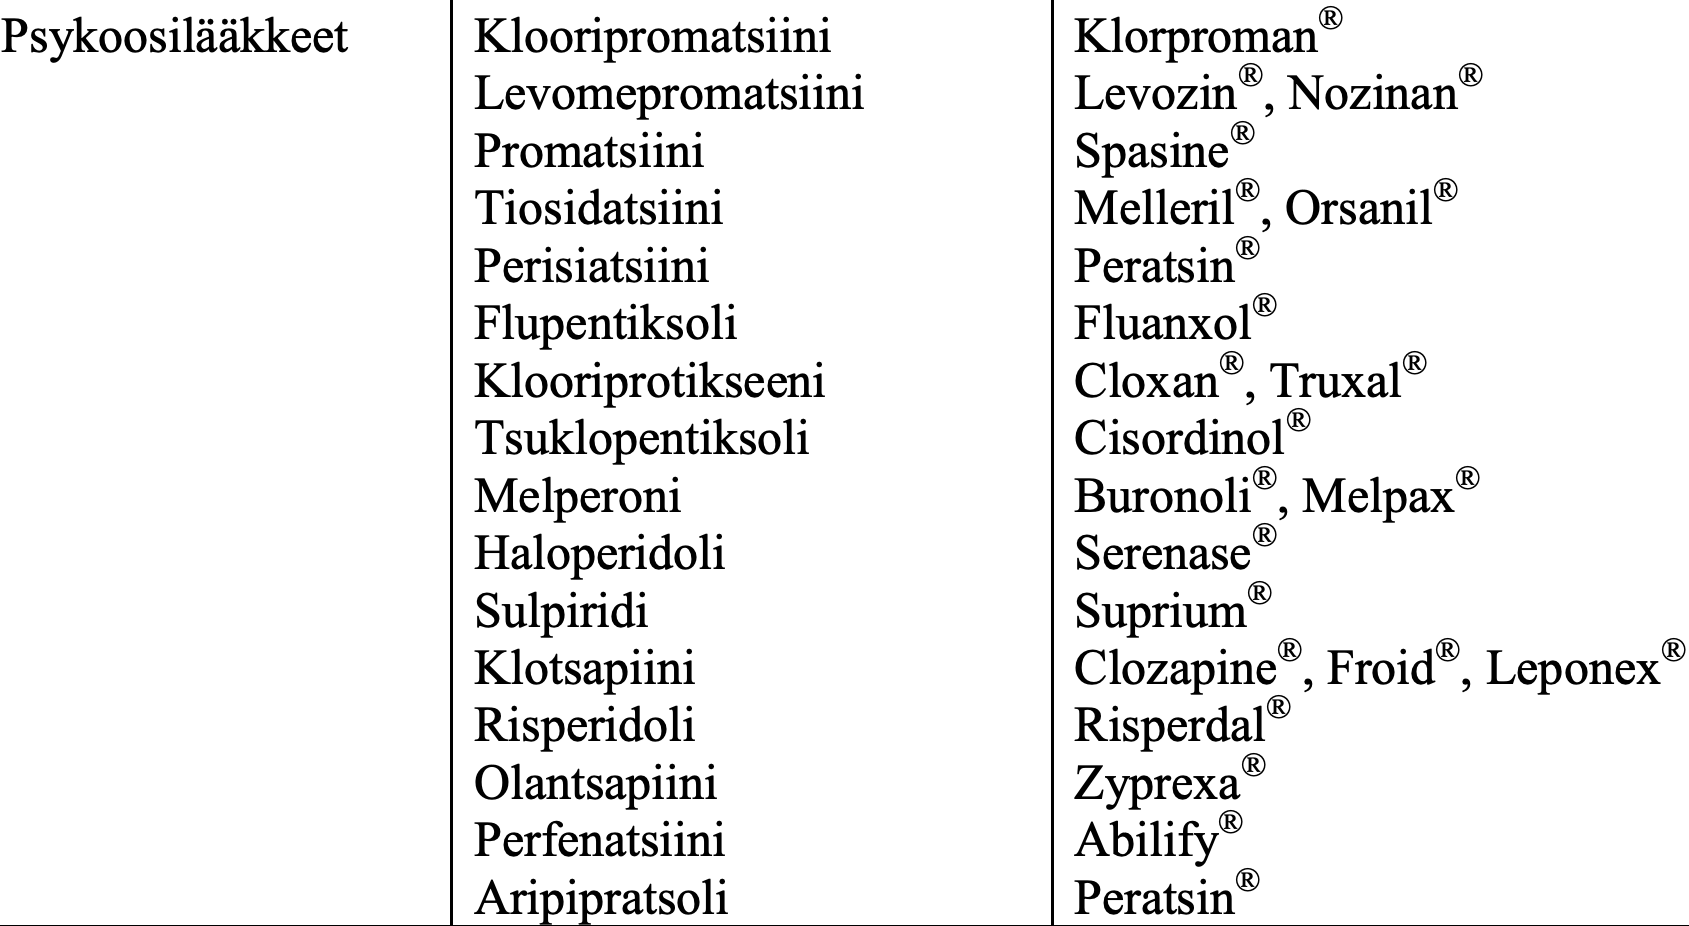
Psykoosilääkkeet Klooripromatsiini Klorproman® Levomepromatsiini   Levozin®, Nozinan® Promatsiini         Spasine® Tiosidatsiini       Melleril®, Orsanil® Perisiatsiini       Peratsin® Flupentiksoli       Fluanxol® Klooriprotikseeni   Cloxan®, Truxal® Tsuklopentiksoli    Cisordinol® Melperoni           Buronoli®, Melpax® Haloperidoli        Serenase® Sulpiridi           Suprium® Klotsapiini         Clozapine®, Froid®, Leponex® Risperidoli         Risperdal® Olantsapiini        Zyprexa® Perfenatsiini       Abilify® Aripipratsoli       Peratsin®